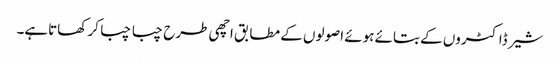
شیر ڈاکٹروں کے بتائے ہوئے اصولوں کے مطابق اچھی طرح چبا چبا کر کھاتاہے۔